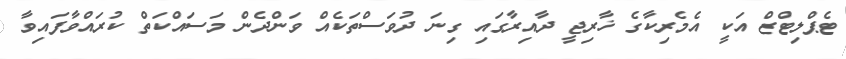
ޓެޕްލިޓްޒް އަކީ އެމެރިކާގެ ޚާރިޖީ ދާއިރާގައި ގިނަ ދުވަސްތަކެއް ވަންދެން މަސައްކަތް ކުރައްވާފައިވާ